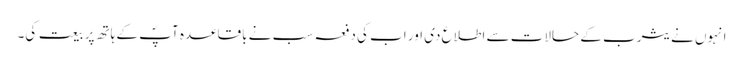
انہوں نے یثرب کے حالات سے اطلاع دی اور اب کی دفعہ سب نے باقاعدہ آپؐ کے ہاتھ پر بیعت کی۔